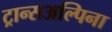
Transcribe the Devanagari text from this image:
ट्रान्सअल्पिना